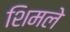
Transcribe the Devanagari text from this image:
शिमले